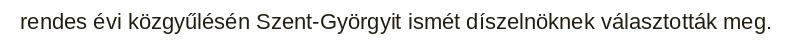
rendes évi közgyűlésén Szent-Györgyit ismét díszelnöknek választották meg.